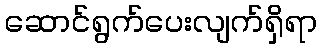
ဆောင်ရွက်ပေးလျက်ရှိရာ